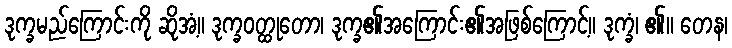
ဒုက္ခမည်ကြောင်းကို ဆိုအံ့။ ဒုက္ခဝတ္ထုတော၊ ဒုက္ခ၏အကြောင်း၏အဖြစ်ကြောင့်။ ဒုက္ခံ၊ ၏။ တေန၊